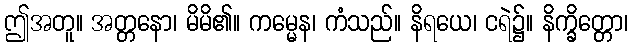
ဤအတူ။ အတ္တနော၊ မိမိ၏။ ကမ္မေန၊ ကံသည်။ နိရယေ၊ ငရဲ၌။ နိက္ခိတ္တော၊